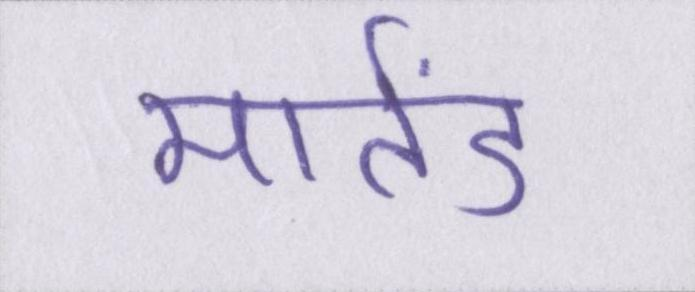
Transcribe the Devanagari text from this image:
मार्तंड